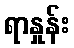
ရာနှုန်း